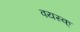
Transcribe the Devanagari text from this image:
वयस्क्